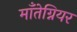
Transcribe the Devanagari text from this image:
माँतेग्नियर